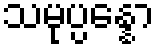
သမုပ္ပန္နော